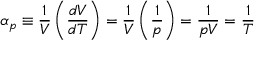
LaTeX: \alpha _ { p } \equiv { \frac { 1 } { V } } \left( { \frac { d V } { d T } } \right) = { \frac { 1 } { V } } \left( { \frac { 1 } { p } } \right) = { \frac { 1 } { p V } } = { \frac { 1 } { T } }